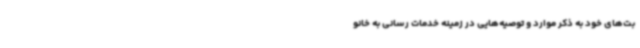
بت‌های خود به ذکر موارد و توصیه‌هایی در زمینه خدمات رسانی به خانو